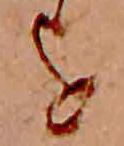
を